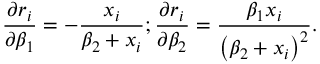
{ \frac { \partial r _ { i } } { \partial \beta _ { 1 } } } = - { \frac { x _ { i } } { \beta _ { 2 } + x _ { i } } } ; { \frac { \partial r _ { i } } { \partial \beta _ { 2 } } } = { \frac { \beta _ { 1 } x _ { i } } { \left( \beta _ { 2 } + x _ { i } \right) ^ { 2 } } } .